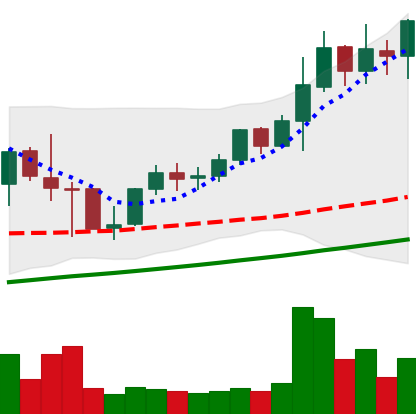
Ticker: LINK-USD
Chart end date: 2021-05-09
Forward return: -10.828%
Label: down_7plus